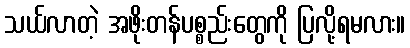
သယ်လာတဲ့ အဖိုးတန်ပစ္စည်းတွေကို ပြလို့ရမလား။